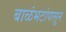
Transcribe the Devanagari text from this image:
बाळंभटांपासून